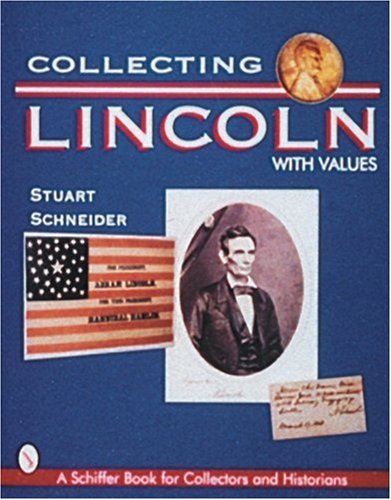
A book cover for Collecting Lincoln (Schiffer Book for Collectors and Historians); Stuart L. Schneider; Crafts, Hobbies & Home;